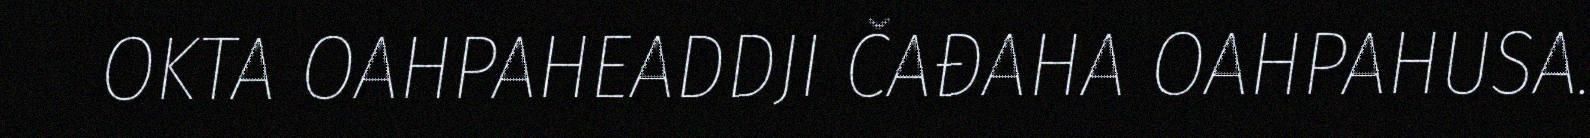
OKTA OAHPAHEADDJI ČAĐAHA OAHPAHUSA.